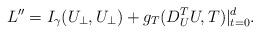
LaTeX: \begin{align*}L''=I_\gamma(U_\perp,U_\perp)+g_T(D^T_UU,T)|_{t=0}^d.\end{align*}